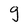
Character: g